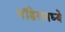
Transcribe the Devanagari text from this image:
मॉडेरामध्ये